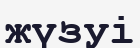
жүзуі